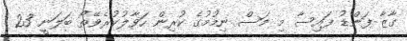
ގާޒާ ފަންޑު ފައިސާ މި މަސް ނިމުމުގެ ކުރިން ހަވާލުކުރެވޭތޯ ބަލަނީ 23